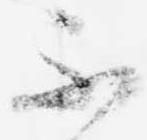
不